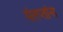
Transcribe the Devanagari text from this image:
संतप्तांना